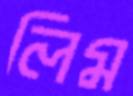
লিম